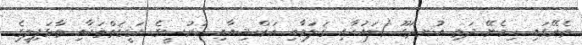
ތެރޭގައި ހިމެނޭ ދަތި އުނދަގޫ (ލައުޙާއި ޤަލަމާއި އަރްޝިއާއި ކުރުސީގެ ޙަޤީޤަތްތަކާއި ތާޅަފިލީގެ